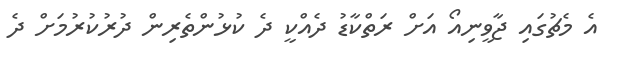
އެ މެޗުގައި ޖާވީނިއޯ އަށް ރަތްކާޑު ދެއްކީ ދެ ކުޅުންތެރިން ދުރުކުރުމަށް ދެ